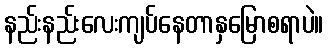
နည်းနည်းလေးကျပ်နေတာနှမြောစရာပဲ။